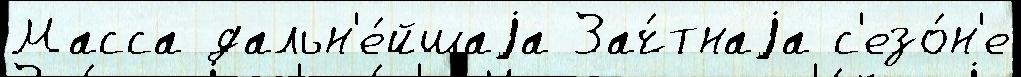
Масса дальн'е́йшаjа Зач́тнаjа с'езо́н'е